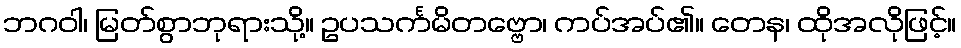
ဘဂဝါ၊ မြတ်စွာဘုရားသို့။ ဥပသင်္ကမိတဗ္ဗော၊ ကပ်အပ်၏။ တေန၊ ထိုအလိုဖြင့်။